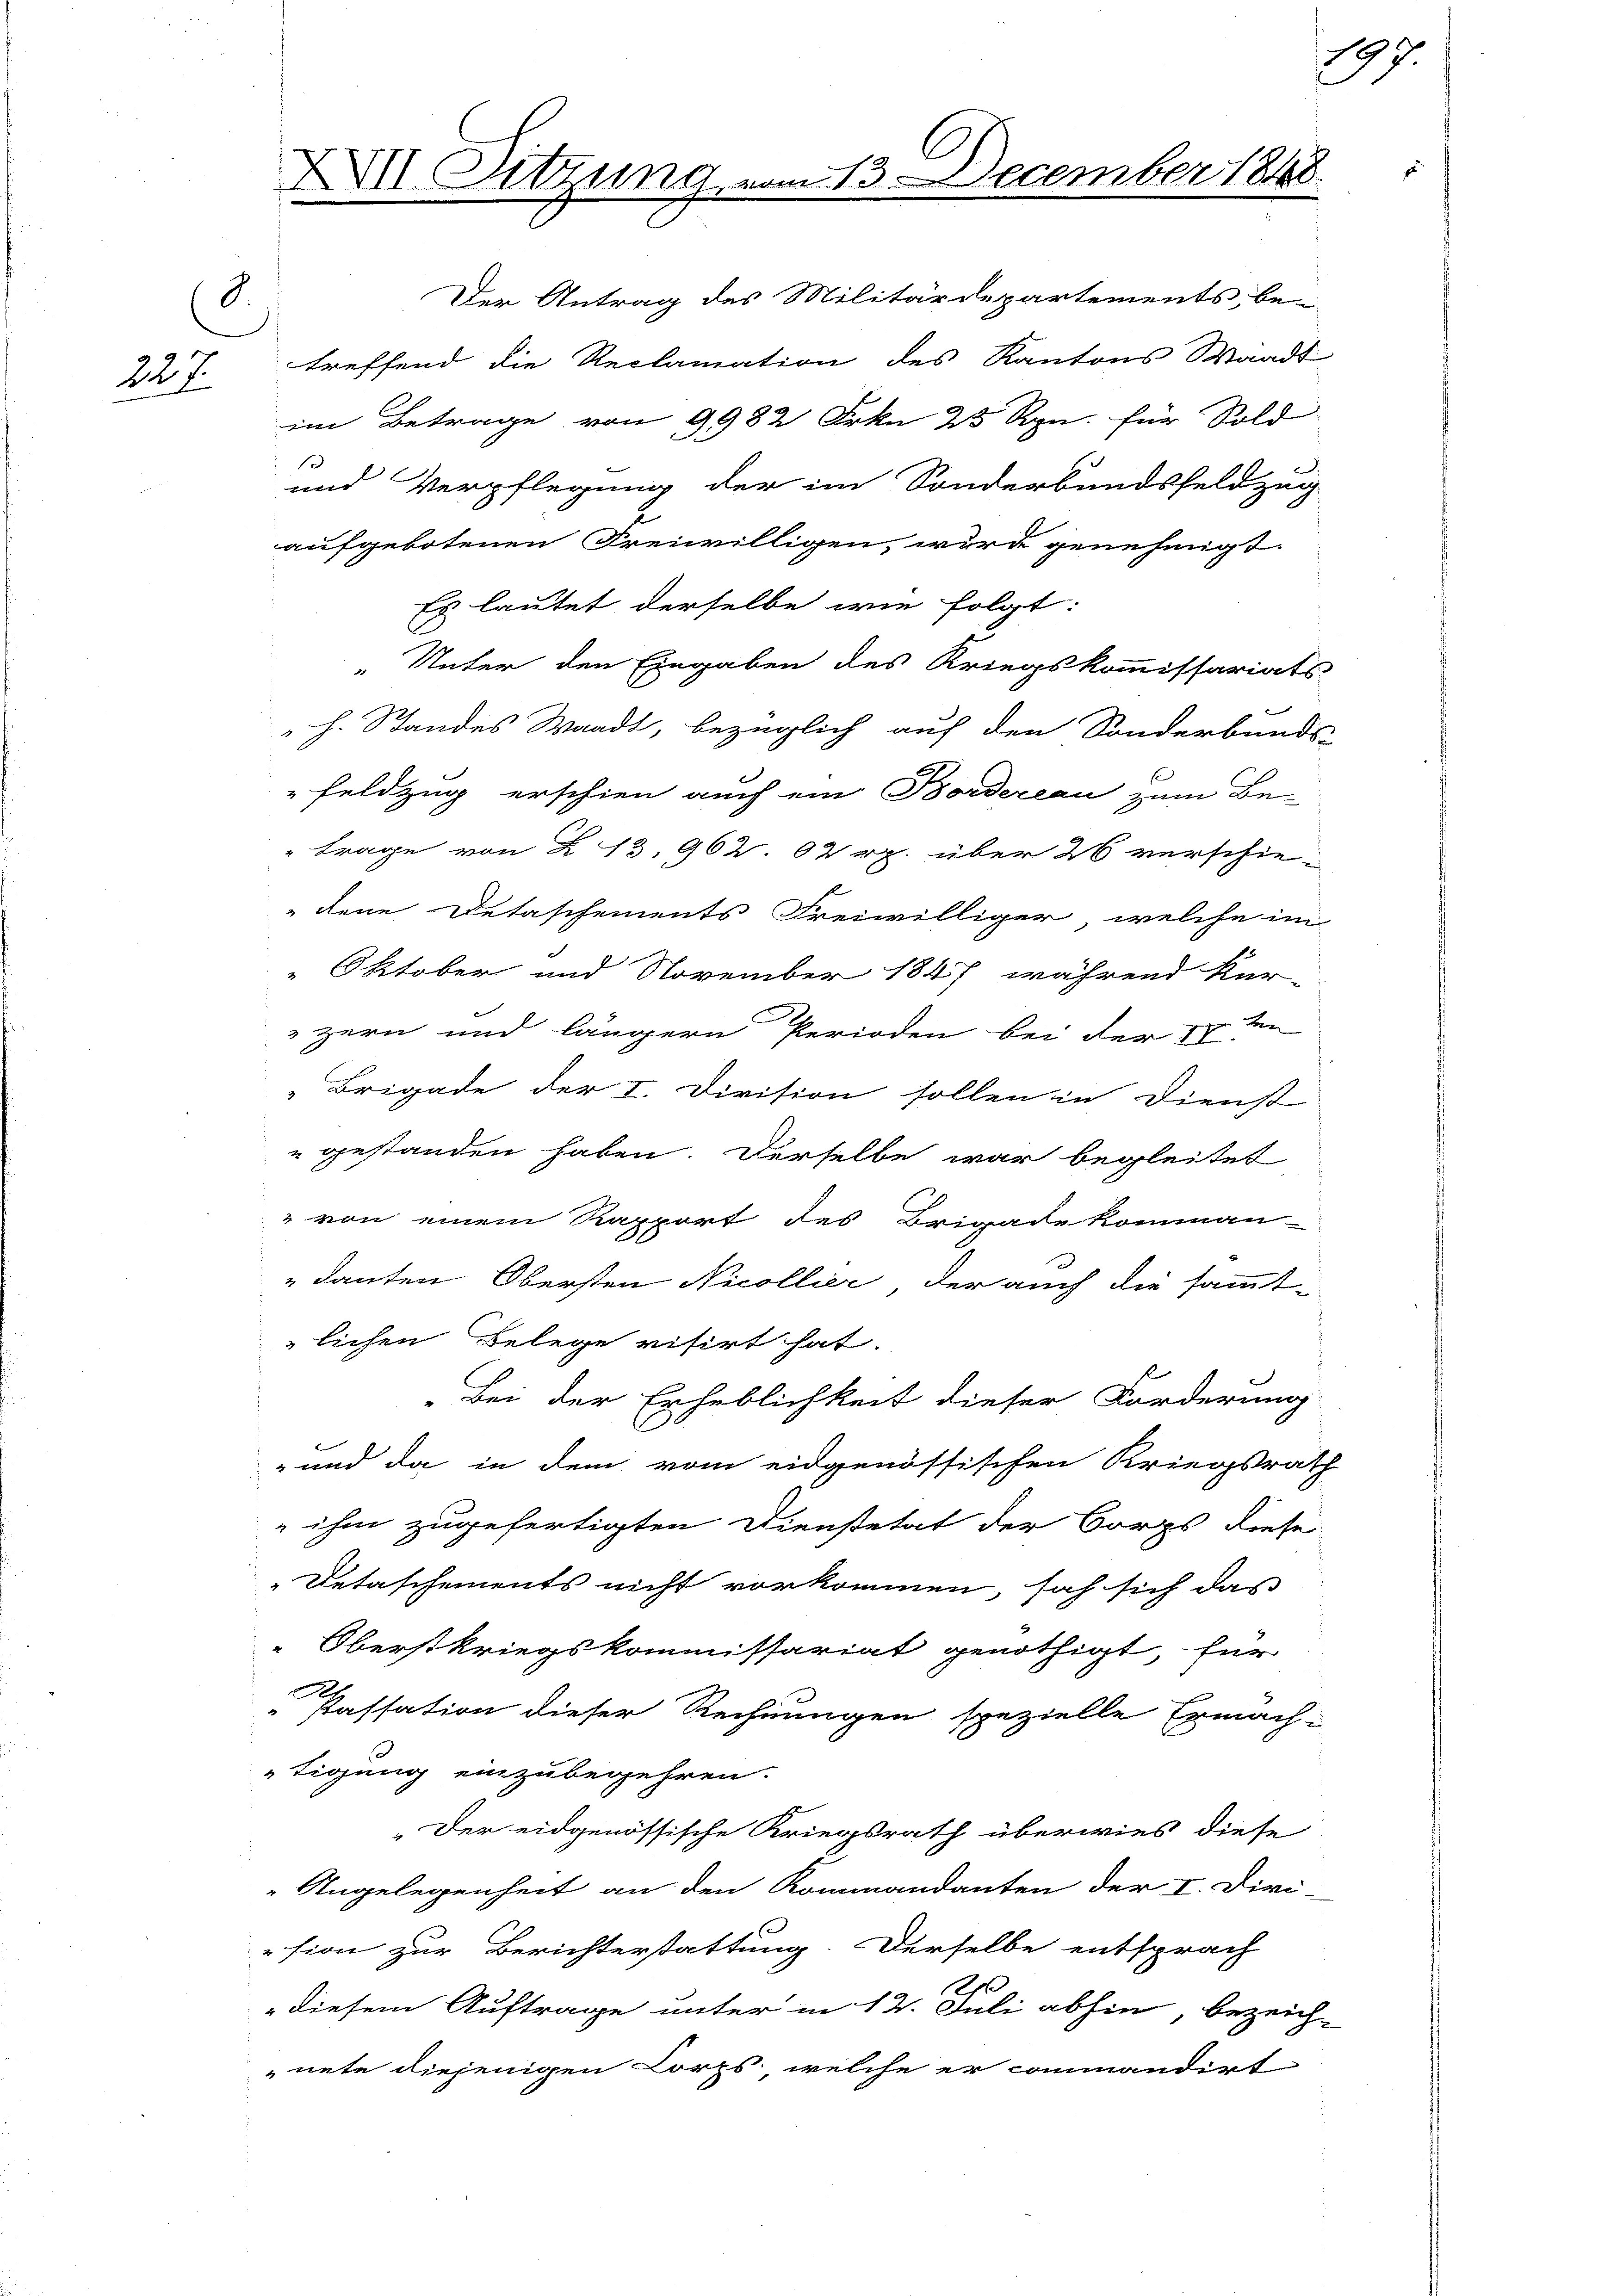
8.
227.

Der Antrag des Militärdepartements, be-
treffend die Reclamation des Kantons Waadt
im Betrage von 9982 Frkn 25 Rpn. für Sold
1
und Verpflegung der im Sonderbundsfeldzug
aufgebotenen Freiwilligen, wurde genehmigt.
Es lautet derselbe wie folgt:
" Unter den Eingaben des Kriegskommissariats-
"h. Standes Waadt, bezüglich auf den Sonderbands-
Feldzug erschien auch ein Bordereau zum Be-
" Trage von 2 13, 962. 02 rp. über 26 verschiedene Detaschements Freiwilliger, welche im
" Oktober und November 1847, während kur-
zern und längern Perioden bei der 17ten
"Brigade der I. Division sollen in Dienst
"gestanden haben. Derselbe war begleitet
" von einem Rapport des Brigade komman-
"danten Obersten Nicollier, der auch die sammt-
lichen Belege visirt hat.
„Bei der Erheblichkeit dieser Forderung
- und da in dem vom eidgenössischen Kriegsrath
 ihm zugefertigten Dienstetat der Corps diese
Detaschements nicht vorkommen, sah sich das
Oberstkriegskommissariat genöthigt, für
e
Kassation dieser Rechnungen spezielle Ermäch-
tigung einzubegehren.
Der eidgenössische Kriegsrath überwies diese
Angelegenheit an den Kommandanten der I. Diri-
sion zur Berichterstattung. Derselbe entsprach
diesem Auftrage unter in 12. Juli abhin bezeich-
nete diejenigen Lorps, welche er commandirt

XXVII Sitzung

13. December 1848.

197.